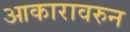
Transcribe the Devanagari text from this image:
आकारावरुन